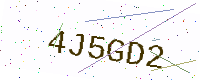
Text: 4J5GD2